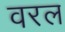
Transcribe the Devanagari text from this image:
वरल